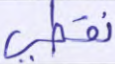
نقطي